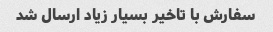
سفارش با تاخیر بسیار زیاد ارسال شد